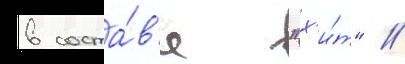
в соста́в'е "х'и́т" //